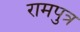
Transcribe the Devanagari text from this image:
रामपुत्र